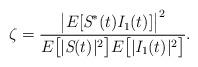
LaTeX: \begin{align*}\zeta=\frac{\big|E[\textit{S}^{*}(t)\textit{I}_{1}(t)]\big|^2}{E\big[|\textit{S}(t)|^2\big]E\big[|\textit{I}_1(t)|^2\big]}.\end{align*}